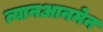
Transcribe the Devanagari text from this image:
त्यानआनमेन